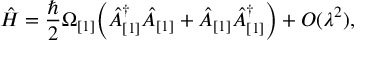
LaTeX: \hat { H } = \frac { \hbar } { 2 } \Omega _ { [ 1 ] } \Bigl ( \hat { A } _ { [ 1 ] } ^ { \dagger } \hat { A } _ { [ 1 ] } + \hat { A } _ { [ 1 ] } \hat { A } _ { [ 1 ] } ^ { \dagger } \Bigr ) + { \cal O } ( \lambda ^ { 2 } ) ,